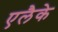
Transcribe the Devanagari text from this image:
एलैके